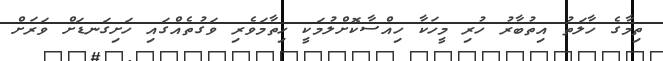
ތިމާގެ ހާލަތު އިތުބާރު ހުރި މީހަކާ ހިއްސާކޮށްލުމަކީ ހިތާމަވެރި ވަގުތެއްގައި ހަށިގަނޑަށް ވަރަށް